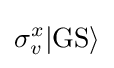
\sigma _{v}^{x}|\mathrm {GS} \rangle